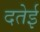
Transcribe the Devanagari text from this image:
दतेई